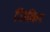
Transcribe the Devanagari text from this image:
जिकिर